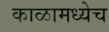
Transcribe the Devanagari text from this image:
काळामध्येच